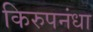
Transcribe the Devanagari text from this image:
किरुपनंधा